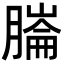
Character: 𦟹